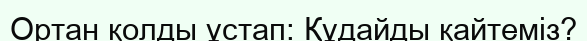
Ортан қолды ұстап: Құдайды қайтемiз?